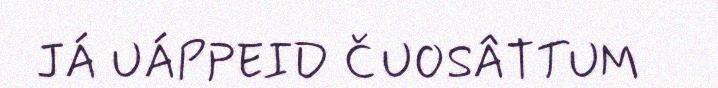
JÁ UÁPPEID ČUOSÂTTUM